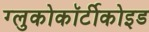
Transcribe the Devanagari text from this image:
ग्लुकोकॉर्टीकोइड